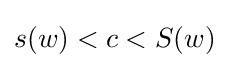
s(w)<c<S(w)